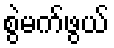
စွဲမက်ဖွယ်